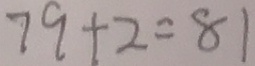
7 9 + 2 = 8 1